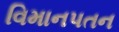
વિમાનપતન